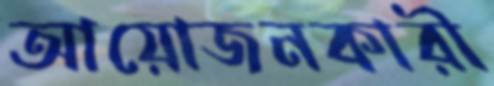
আয়োজনকারী